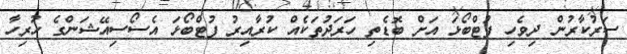
ސަރުކާރުން ދިވެހި ފުޓްބޯޅަ އަށް ބޮޑެތި ހަރަދުތަކެއް ކުރާއިރު ފުޓްބޯޅަ އެސޯސިއޭޝަންގެ ހުރިހާ